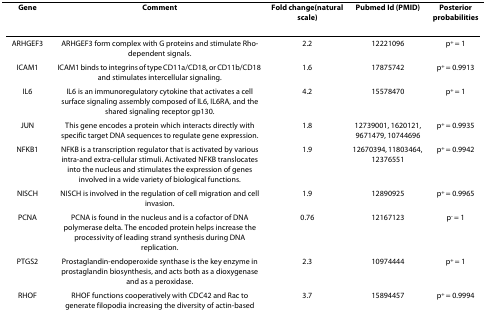
<table><thead><tr><td><b>Gene</b></td><td><b>Comment</b></td><td><b>Fold change(natural scale)</b></td><td><b>Pubmed Id (PMID)</b></td><td><b>Posterior probabilities</b></td></tr></thead><tbody><tr><td>ARHGEF3</td><td>ARHGEF3 form complex with G proteins and stimulate Rho-dependent signals.</td><td>2.2</td><td>12221096</td><td>p<sup>+ </sup>= 1</td></tr><tr><td>ICAM1</td><td>ICAM1 binds to integrins of type CD11a/CD18, or CD11b/CD18 and stimulates intercellular signaling.</td><td>1.6</td><td>17875742</td><td>p<sup>+ </sup>= 0.9913</td></tr><tr><td>IL6</td><td>IL6 is an immunoregulatory cytokine that activates a cell surface signaling assembly composed of IL6, IL6RA, and the shared signaling receptor gp130.</td><td>4.2</td><td>15578470</td><td>p<sup>+ </sup>= 1</td></tr><tr><td>JUN</td><td>This gene encodes a protein which interacts directly with specific target DNA sequences to regulate gene expression.</td><td>1.8</td><td>12739001, 1620121, 9671479, 10744696</td><td>p<sup>+ </sup>= 0.9935</td></tr><tr><td>NFKB1</td><td>NFKB is a transcription regulator that is activated by various intra-and extra-cellular stimuli. Activated NFKB translocates into the nucleus and stimulates the expression of genes involved in a wide variety of biological functions.</td><td>1.9</td><td>12670394, 11803464, 12376551</td><td>p<sup>+ </sup>= 0.9942</td></tr><tr><td>NISCH</td><td>NISCH is involved in the regulation of cell migration and cell invasion.</td><td>1.9</td><td>12890925</td><td>p<sup>+ </sup>= 0.9965</td></tr><tr><td>PCNA</td><td>PCNA is found in the nucleus and is a cofactor of DNA polymerase delta. The encoded protein helps increase the processivity of leading strand synthesis during DNA replication.</td><td>0.76</td><td>12167123</td><td>p<sup>- </sup>= 1</td></tr><tr><td>PTGS2</td><td>Prostaglandin-endoperoxide synthase is the key enzyme in prostaglandin biosynthesis, and acts both as a dioxygenase and as a peroxidase.</td><td>2.3</td><td>10974444</td><td>p<sup>+ </sup>= 1</td></tr><tr><td>RHOF</td><td>RHOF functions cooperatively with CDC42 and Rac to generate filopodia increasing the diversity of actin-based morphology.</td><td>3.7</td><td>15894457</td><td>p<sup>+ </sup>= 0.9994</td></tr></tbody></table>